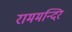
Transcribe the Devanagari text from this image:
राममन्दिर